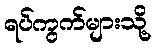
ရပ်ကွက်များသို့